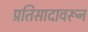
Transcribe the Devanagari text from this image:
प्रतिसादावरून